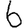
Digit: 6